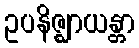
ဥပနိဇ္ဈာယန္တာ